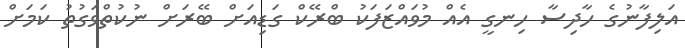
އަލިފާނުގެ ހާދިސާ ހިނގީ އެއް މުވައްޒަފަކު ބްރޭކް ގަޑިއަށް ބޭރަށް ނުކުތްވަގުތު ކަމަށް